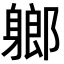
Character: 𨉰